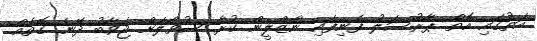
އަތުގައި އޮތް ޕާރުސަލު ފެނިފައި ނާޒްލީން ކުރާ ސުވާލަށް ޖަވާބު ދޭނެ ގޮތެއް